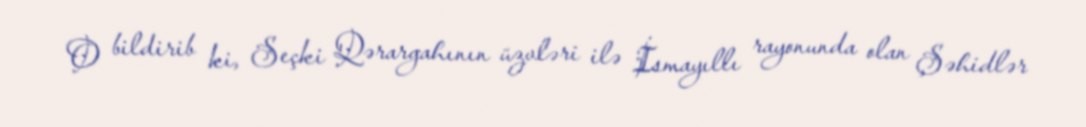
O bildirib ki, Seçki Qərargahının üzvləri ilə İsmayıllı rayonunda olan Şəhidlər